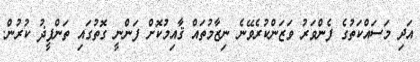
އަދި މަސައްކަތުގެ ފެންވަރު ވަޒަންކުރެވޭނެ ނިޒާމުތައް ޤާއިމުކޮށް ފަންނީ ގޮތުގައި ތަންފީޛު ކުރުން.